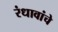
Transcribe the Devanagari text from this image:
रंधावांचे